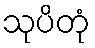
သုပိတုံ